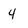
Character: 4